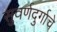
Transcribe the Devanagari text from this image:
सुवर्णदुर्गाचे